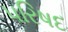
પરિષદ